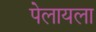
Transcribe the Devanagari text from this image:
पेलायला